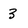
Character: 3